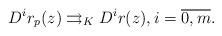
LaTeX: \begin{align*}D^{i}r_{p}(z)\rightrightarrows_{K}D^{i}r(z),i=\overline{0,m}.\end{align*}